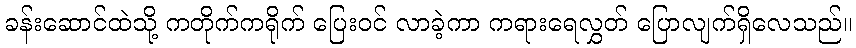
ခန်းဆောင်ထဲသို့ ကတိုက်ကရိုက် ပြေးဝင် လာခဲ့ကာ ကရားရေလွှတ် ပြောလျက်ရှိလေသည်။